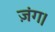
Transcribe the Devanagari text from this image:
ज़ंग।